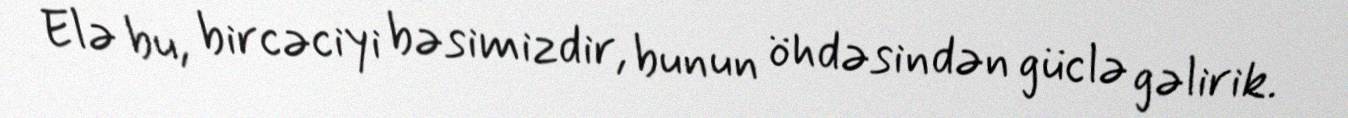
Elə bu, bircəciyi bəsimizdir, bunun öhdəsindən güclə gəlirik.